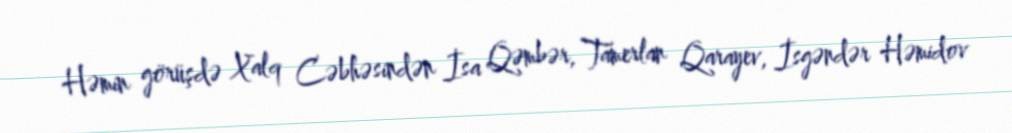
Həmin görüşdə Xalq Cəbhəsindən İsa Qəmbər, Tamerlan Qarayev, İsgəndər Həmidov